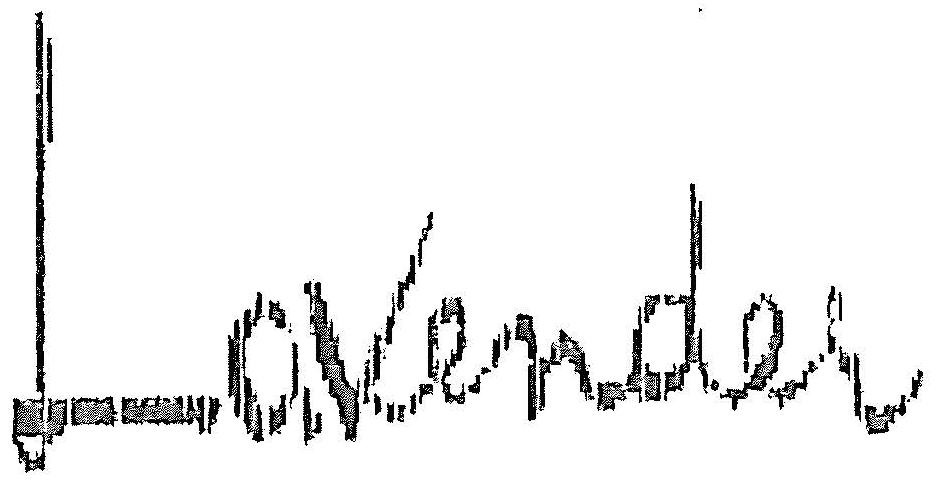
LAVENDER